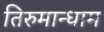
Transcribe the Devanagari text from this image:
तिरुमान्धाम